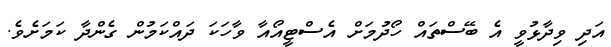
އަދި ވިދާޅުވީ އެ ބޭސްތައް ހޯދުމަށް އެސްޓީއޯއާ ވާހަކަ ދައްކަމުން ގެންދާ ކަމަށެވެ.